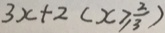
3 x + 2 ( x \geq \frac { 2 } { 3 } )